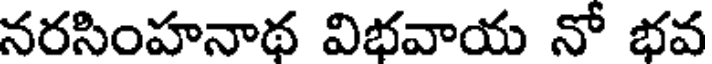
నరసింహనాథ విభవాయ నో భవ